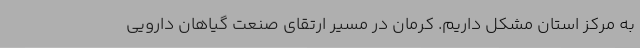
به مرکز استان مشکل داریم. کرمان در مسیر ارتقای صنعت گیاهان دارویی